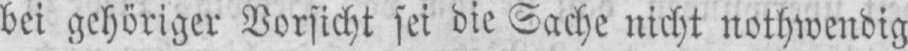
bei gehöriger Vorsicht sei die Sache nicht nothwendig